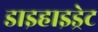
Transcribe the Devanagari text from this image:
डाइहाइड्रेट